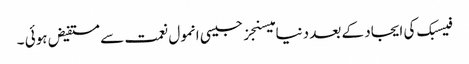
فیسبک کی ایجاد کے بعد دنیا میسنجز جیسی انمول نعمت سے مستفیض ہوئی ۔